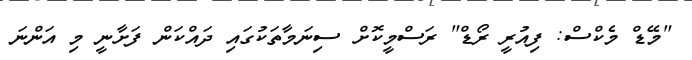
"މޭޑް މެކްސް: ފިއުރީ ރޯޑް" ރަސްމީކޮށް ސިނަމާތަކުގައި ދައްކަން ފަށާނީ މި އަންނަ